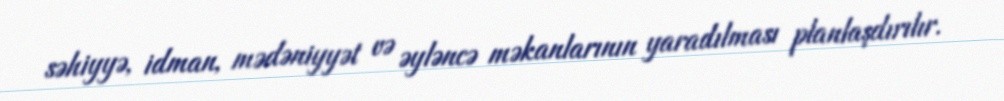
səhiyyə, idman, mədəniyyət və əyləncə məkanlarının yaradılması planlaşdırılır.